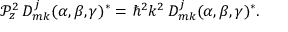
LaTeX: { \mathcal { P } } _ { z } ^ { 2 } \, D _ { m k } ^ { j } ( \alpha , \beta , \gamma ) ^ { * } = \hbar ^ { 2 } k ^ { 2 } \, D _ { m k } ^ { j } ( \alpha , \beta , \gamma ) ^ { * } .